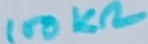
Text: 100KΩ